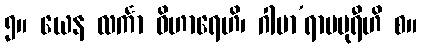
၅။ ယေန လင်္ကာ ဝိဟာရေဟိ၊ ဂါမာ’ရာမပုရီဟိ စ။